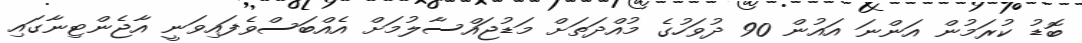
ބޮޑު ކުރަމުން އަންނަ އައުން 90 ދުވަހުގެ މުއްދަތަށް މަޑުޖައްސާލުމަށް އެއްބަސްވެފައިވަނީ އާޖެންޓިނާގައި